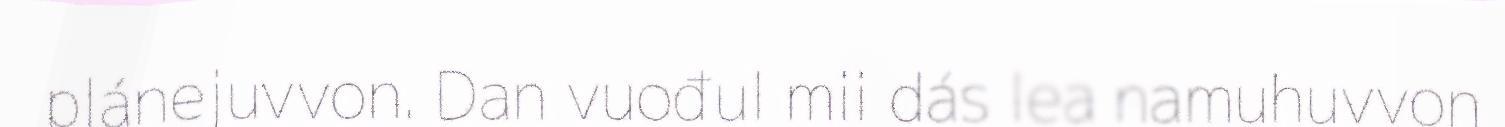
plánejuvvon. Dan vuođul mii dás lea namuhuvvon